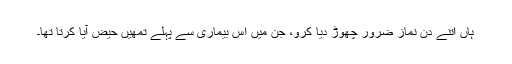
ہاں اتنے دن نماز ضرور چھوڑ دیا کرو، جن میں اس بیماری سے پہلے تمھیں حیض آیا کرتا تھا۔